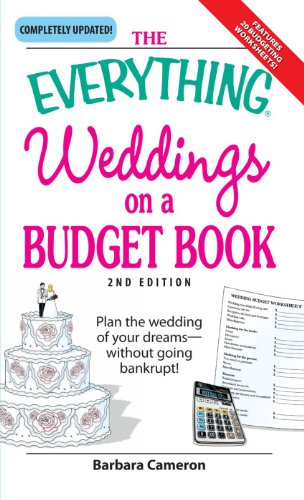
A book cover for The Everything Weddings on a Budget Book: Plan the Wedding of Your Dreams- Without Going Bankrupt!; Barbara Cameron; Crafts, Hobbies & Home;